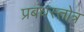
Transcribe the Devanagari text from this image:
प्रबंधस्तोत्र